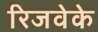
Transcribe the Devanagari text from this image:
रिजवेके